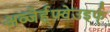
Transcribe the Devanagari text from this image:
अव्जेर्ह्फ्वेउइर्फ्